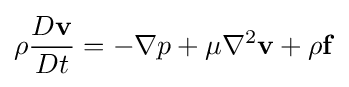
\rho {\frac {D\mathbf {v} }{Dt}}=-\nabla p+\mu \nabla ^{2}\mathbf {v} +\rho \mathbf {f}